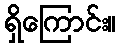
ရှိကြောင်း။